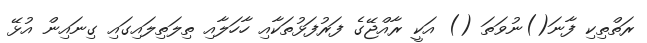
ރަތްތިކި ފާނަ()ނުވަތަ () އަކީ ރާއްޖޭގެ ފަރުފަޅުތަކާއި ހާހަލާއި ތިލަތިލައިގައި ގިނައިން އުޅޭ